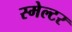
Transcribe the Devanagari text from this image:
स्मेल्टर